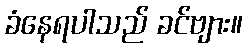
ခံနေရပါသည် ခင်ဗျား။